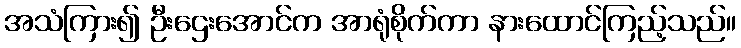
အသံကြား၍ ဦးဌေးအောင်က အာရုံစိုက်ကာ နားထောင်ကြည့်သည်။